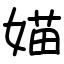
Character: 媌